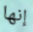
إنها